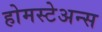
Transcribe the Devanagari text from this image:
होमस्टेअन्स